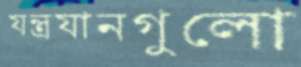
যন্ত্রযানগুলো